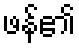
ဖန်၏